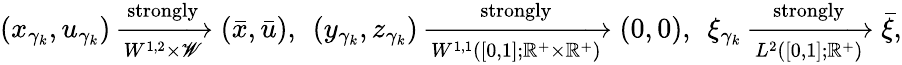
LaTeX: (x_{\gamma_{k}},u_{\gamma_{k}})\xrightarrow[{W^{1,2}\times\mathscr{W}}]{\textnormal{strongly}}(\bar{x},\bar{u}),\; \, (y_{\gamma_{k}},z_{\gamma_{k}})\xrightarrow[{W^{1,1}([0,1];\mathbb{R}^{+}\times\mathbb{R}^{+})}]{\textnormal{strongly}}(0,0),\; \, \xi_{\gamma_{k}}\xrightarrow[{L^{2}([0,1];\mathbb{R}^{+})}]{\textnormal{strongly}}\bar{\xi},